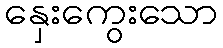
နှေးကွေးသော